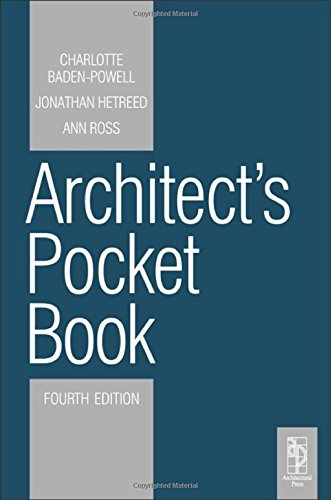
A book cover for Architect's Pocket Book (Routledge Pocket Books); Charlotte Baden-Powell; Arts & Photography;